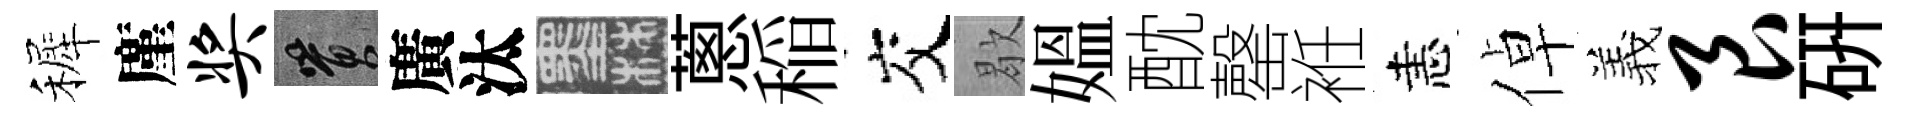
裤廑奖篔廣汰墨蔥稲交歇媪酖罄袵恚倬羲艮研